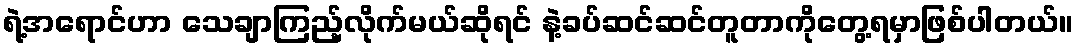
ရဲ့အရောင်ဟာ သေချာကြည့်လိုက်မယ်ဆိုရင် နဲ့ခပ်ဆင်ဆင်တူတာကိုတွေ့ရမှာဖြစ်ပါတယ်။